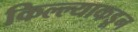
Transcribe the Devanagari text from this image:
किल्ल्याकडून